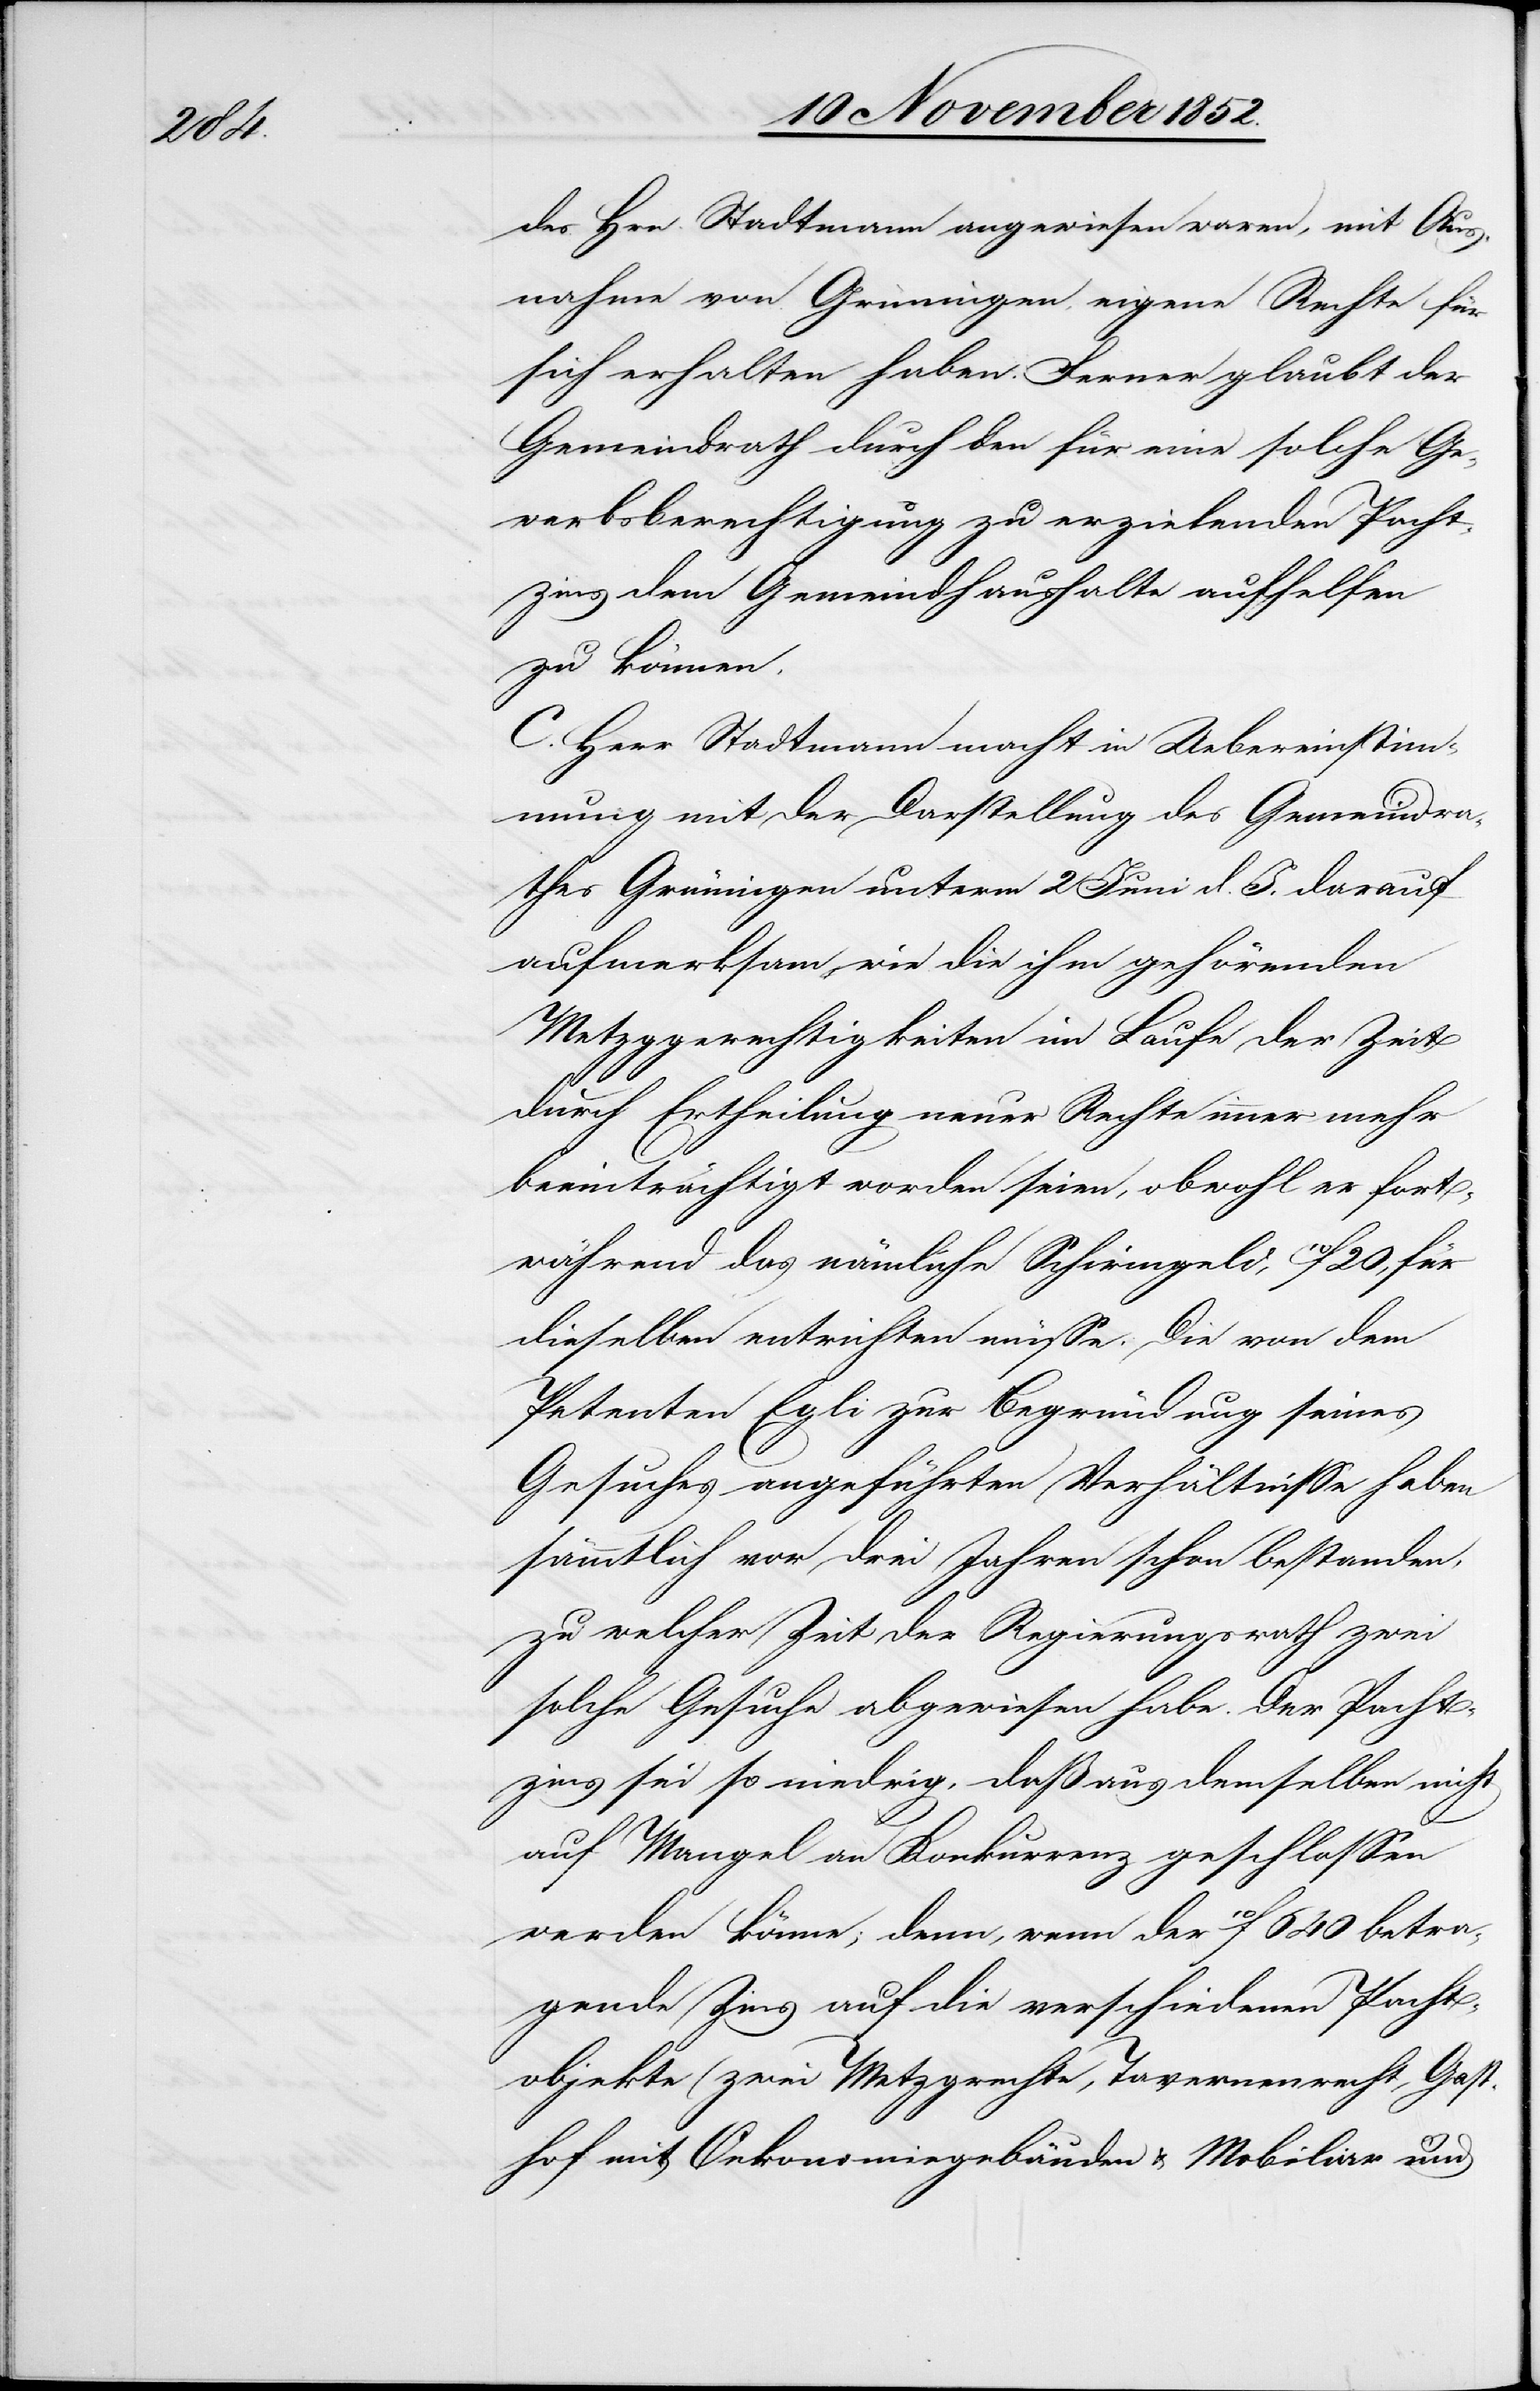
des Hrn. Stadtmann angewiesen waren, mit Aus¬
nahme von Grüningen, eigene Rechte für
sich erhalten haben. Ferner glaubt der
Gemeindrath durch den für eine solche Ge¬
werbsberechtigung zu erzielenden Pacht¬
zins dem Gemeindhaushalte aufhelfen
zu können.
C. Herr Stadtmann macht in Uebereinstim¬
mung mit der Darstellung des Gemeindra¬
thes Grüningen unterm 2 Juni d. J. darauf
aufmerksam, wie die ihm gehörenden
Metzggerechtigkeiten im Laufe der Zeit
durch Ertheilung neuer Rechte immer mehr
beeinträchtigt worden seien, obwohl er fort¬
während das nämliche Schirmgeld, 10f 20, für
dieselben entrichten müsse. Die von dem
Petenten Egli zur Begründung seines
Gesuches angeführten Verhältnisse haben
sämmtlich vor drei Jahren schon bestanden,
zu welcher Zeit der Regierungsrath zwei
solche Gesuche abgewiesen habe. Der Pacht¬
zins sei so niedrig, daß aus demselben nicht
auf Mangel an Konkurrenz geschlossen
werden könne; denn, wenn der 10f 640 betra¬
gende Zins auf die verschiedenen Pacht¬
objekte (zwei Metzgrechte, Tavernenrecht, Gast¬
hof mit Oekonomiegebäuden & Mobiliar und